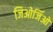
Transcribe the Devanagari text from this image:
जिओर्जिओ